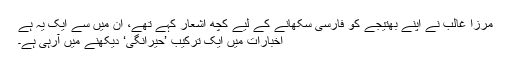
مرزا غالب نے اپنے بھتیجے کو فارسی سکھانے کے لیے کچھ اشعار کہے تھے، ان میں سے ایک یہ ہے
اخبارات میں ایک ترکیب ’حیرانگی‘ دیکھنے میں آرہی ہے۔